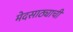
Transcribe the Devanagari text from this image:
मेदसाठ्याची